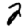
Digit: 2